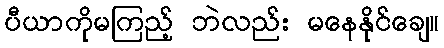
ပီယာကိုမကြည့် ဘဲလည်း မနေနိုင်ချေ။